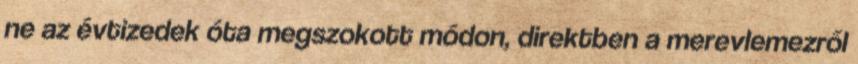
ne az évtizedek óta megszokott módon, direktben a merevlemezről